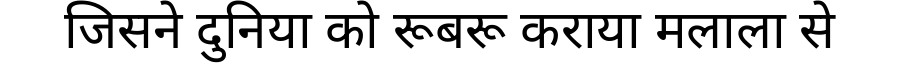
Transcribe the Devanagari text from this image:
जिसने दुनिया को रूबरू कराया मलाला से